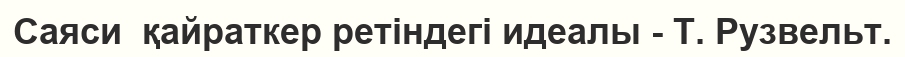
Саяси  қайраткер ретіндегі идеалы - Т. Рузвельт.